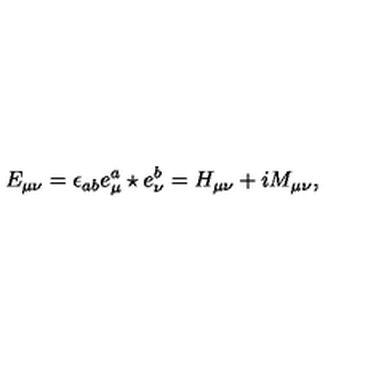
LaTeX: E _ { \mu \nu } = \epsilon _ { a b } e _ { \mu } ^ { a } \star e _ { \nu } ^ { b } = H _ { \mu \nu } + i M _ { \mu \nu } ,